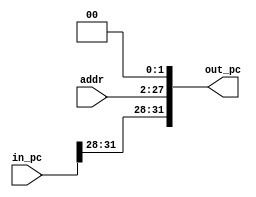
`timescale 1ns / 1ps
//////////////////////////////////////////////////////////////////////////////////
// Company: 
// Engineer: 
// 
// Design Name: 
// Module Name:    PCJump 
// Project Name: 
// Target Devices: 
// Tool versions: 
// Description: 
//
// Dependencies: 
//
// Revision: 
// Revision 0.01 - File Created
// Additional Comments: 
//
//////////////////////////////////////////////////////////////////////////////////
module PCJump(in_pc, addr, out_pc);
	input wire [31:0] in_pc;
	input wire [25:0] addr;
	output reg [31:0] out_pc;
	
	initial begin
		out_pc = 0;
	end
	
	always @(in_pc or addr) begin
		out_pc[31:28] = in_pc[31:28];
		out_pc[27:2] = addr[25:0];
		out_pc[1:0] = 2'b00;
	end

endmodule